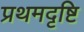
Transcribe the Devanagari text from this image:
प्रथमदृष्टि